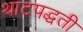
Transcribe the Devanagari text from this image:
थाटपद्धती